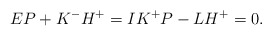
\begin{align*}EP+K^-H^+=IK^+P-LH^+=0.\end{align*}